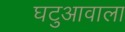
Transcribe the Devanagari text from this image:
घटुआवाला